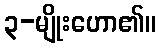
၃-မျိုးဟော၏။